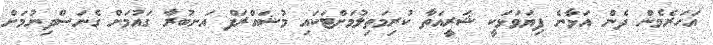
އަހަރެމެން ދެން އަޅާނެ ފިޔަވަޅަކީ ޝަރީއަތާ ކުރިމަތިލުމަށްޓަކައި މުޝައްރަފް އަނބުރާ ގައުމަށް ގެނަސްދިނުމަށް